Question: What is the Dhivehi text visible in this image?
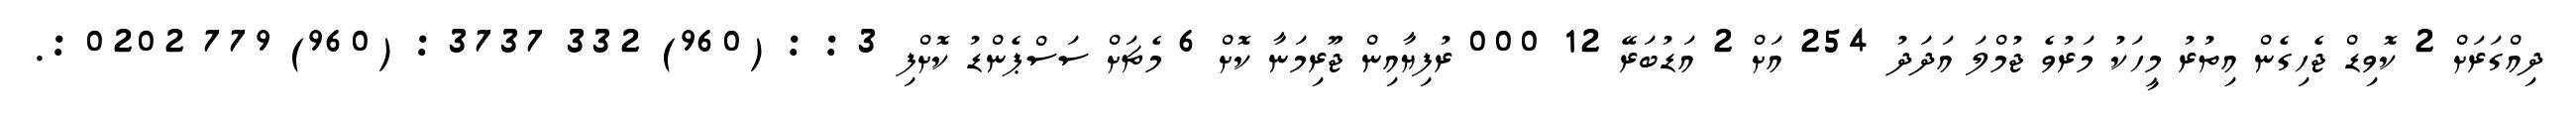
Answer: ދިއްގަރަށް 2 ކޮވިޑް ޖެހިގެން އިތުރު މީހަކު މަރުވެ ޖުމްލަ އަދަދު 254 އަށް 2 އަޑުބަރޭ 12 000 ރުފިޔާއިން ޖޫރިމަނާ ކޮށް 6 މެޗަށް ސަސްޕެންޑު ކޮށްފި 3 : : (960) 332 3737 : (960) 779 0202 :.